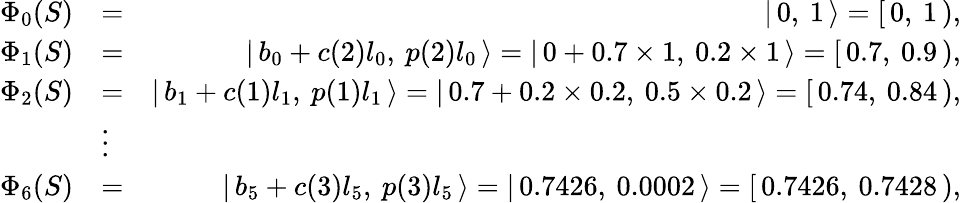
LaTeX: \begin{array}{rlr}{\Phi_{0}(S)}&{=}&{\left|\, {0,\: 1}\, \right\rangle=\left[\, {0,\: 1}\, \right),}\\ {\Phi_{1}(S)}&{=}&{\left|\, {b_{0}+c(2)l_{0},\: p(2)l_{0}}\, \right\rangle=\left|\, {0+0.7\times 1,\: 0.2\times 1}\, \right\rangle=\left[\, {0.7,\: 0.9}\, \right),}\\ {\Phi_{2}(S)}&{=}&{\left|\, {b_{1}+c(1)l_{1},\: p(1)l_{1}}\, \right\rangle=\left|\, {0.7+0.2\times 0.2,\: 0.5\times 0.2}\, \right\rangle=\left[\, {0.74,\: 0.84}\, \right),}\\ &{\vdots}&\\ {\Phi_{6}(S)}&{=}&{\left|\, {b_{5}+c(3)l_{5},\: p(3)l_{5}}\, \right\rangle=\left|\, {0.7426,\: 0.0002}\, \right\rangle=\left[\, {0.7426,\: 0.7428}\, \right),}\end{array}